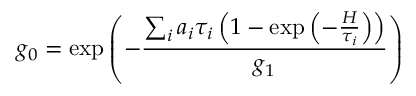
g _ { 0 } = \exp \left( - \frac { \sum _ { i } a _ { i } \tau _ { i } \left( 1 - \exp \left( - \frac { H } { \tau _ { i } } \right) \right) } { g _ { 1 } } \right)